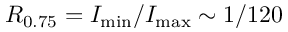
R _ { 0 . 7 5 } = I _ { \mathrm { m i n } } / I _ { \mathrm { m a x } } \sim 1 / 1 2 0